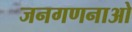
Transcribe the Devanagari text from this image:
जनगणनाओ